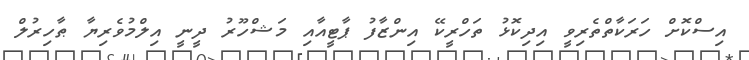
އިސްކޮށް ހަރަކާތްތެރިވީ އިދިކޮޅު ތަހްރީކޭ އިންޒާފު ޕާޓީއާއި މަޝްހޫރު ދީނީ އިލްމުވެރިޔާ ޠާހިރުލް